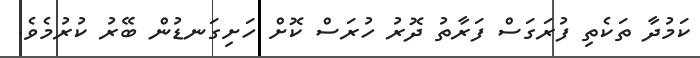
ކަމުދާ ތަކެތި ފުރަގަސް ފަރާތު ދޮރު ހުރަސް ކޮށް ހަށިގަނޑުން ބޭރު ކުރުމެވެ.